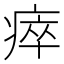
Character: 瘁